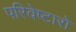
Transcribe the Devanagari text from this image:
परिवेष्टारो